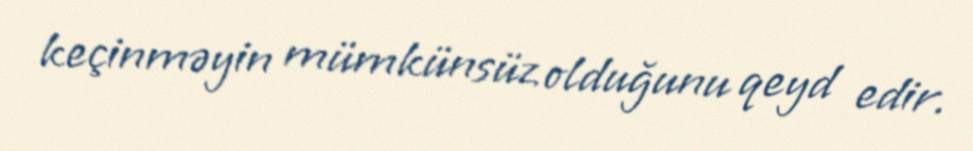
keçinməyin mümkünsüz olduğunu qeyd edir.